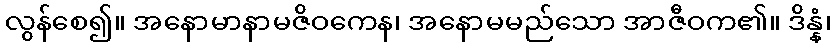
လွန်စေ၍။ အနောမာနာမဇိဝကေန၊ အနောမမည်သော အာဇီဝက၏။ ဒိန္နံ၊